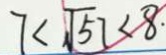
7 < \sqrt { 5 7 } < 8 .